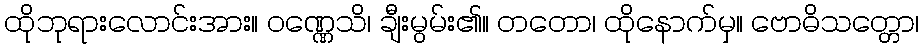
ထိုဘုရားလောင်းအား။ ဝဏ္ဏေသိ၊ ချီးမွမ်း၏။ တတော၊ ထိုနောက်မှ။ ဗောဓိသတ္တော၊